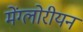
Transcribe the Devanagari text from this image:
मेंग्लोरीयन